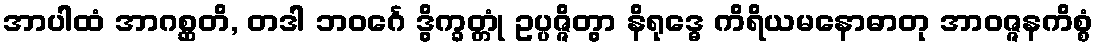
အာပါထံ အာဂစ္ဆတိ, တဒါ ဘဝင်္ဂေ ဒွိက္ခတ္တုံ ဥပ္ပဇ္ဇိတွာ နိရုဒ္ဓေ ကိရိယမနောဓာတု အာဝဇ္ဇနကိစ္စံ